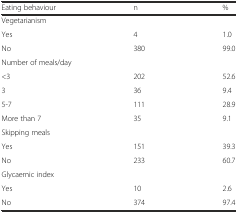
<table><thead><tr><td><b>Eating behaviour</b></td><td><b>n</b></td><td><b>%</b></td></tr></thead><tbody><tr><td colspan="3">Vegetarianism</td></tr><tr><td>Yes</td><td>4</td><td>1.0</td></tr><tr><td>No</td><td>380</td><td>99.0</td></tr><tr><td colspan="3">Number of meals/day</td></tr><tr><td>&lt;3</td><td>202</td><td>52.6</td></tr><tr><td>3</td><td>36</td><td>9.4</td></tr><tr><td>5-7</td><td>111</td><td>28.9</td></tr><tr><td>More than 7</td><td>35</td><td>9.1</td></tr><tr><td colspan="3">Skipping meals</td></tr><tr><td>Yes</td><td>151</td><td>39.3</td></tr><tr><td>No</td><td>233</td><td>60.7</td></tr><tr><td colspan="3">Glycaemic index</td></tr><tr><td>Yes</td><td>10</td><td>2.6</td></tr><tr><td>No</td><td>374</td><td>97.4</td></tr></tbody></table>